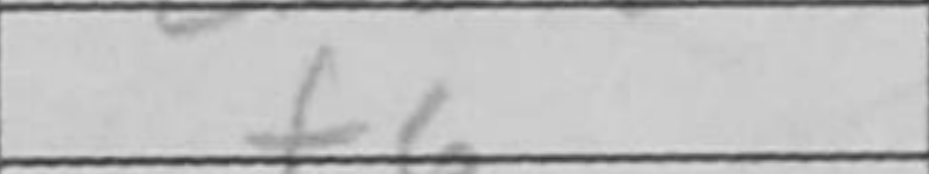
Transcription: f6